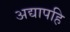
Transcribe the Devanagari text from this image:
अद्यापहि